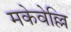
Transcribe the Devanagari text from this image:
मकेवेल्लि